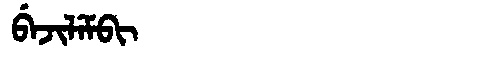
Manchu: ᠪᡝᠵᡳᠯᡝᠮᠪᡳ
Romanization: BEJILEMBI